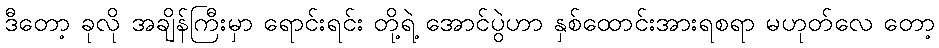
ဒီတော့ ခုလို အချိန်ကြီးမှာ ရောင်းရင်း တို့ရဲ့ အောင်ပွဲဟာ နှစ်ထောင်းအားရစရာ မဟုတ်လေ တော့